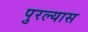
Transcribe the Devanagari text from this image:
पुरल्यास